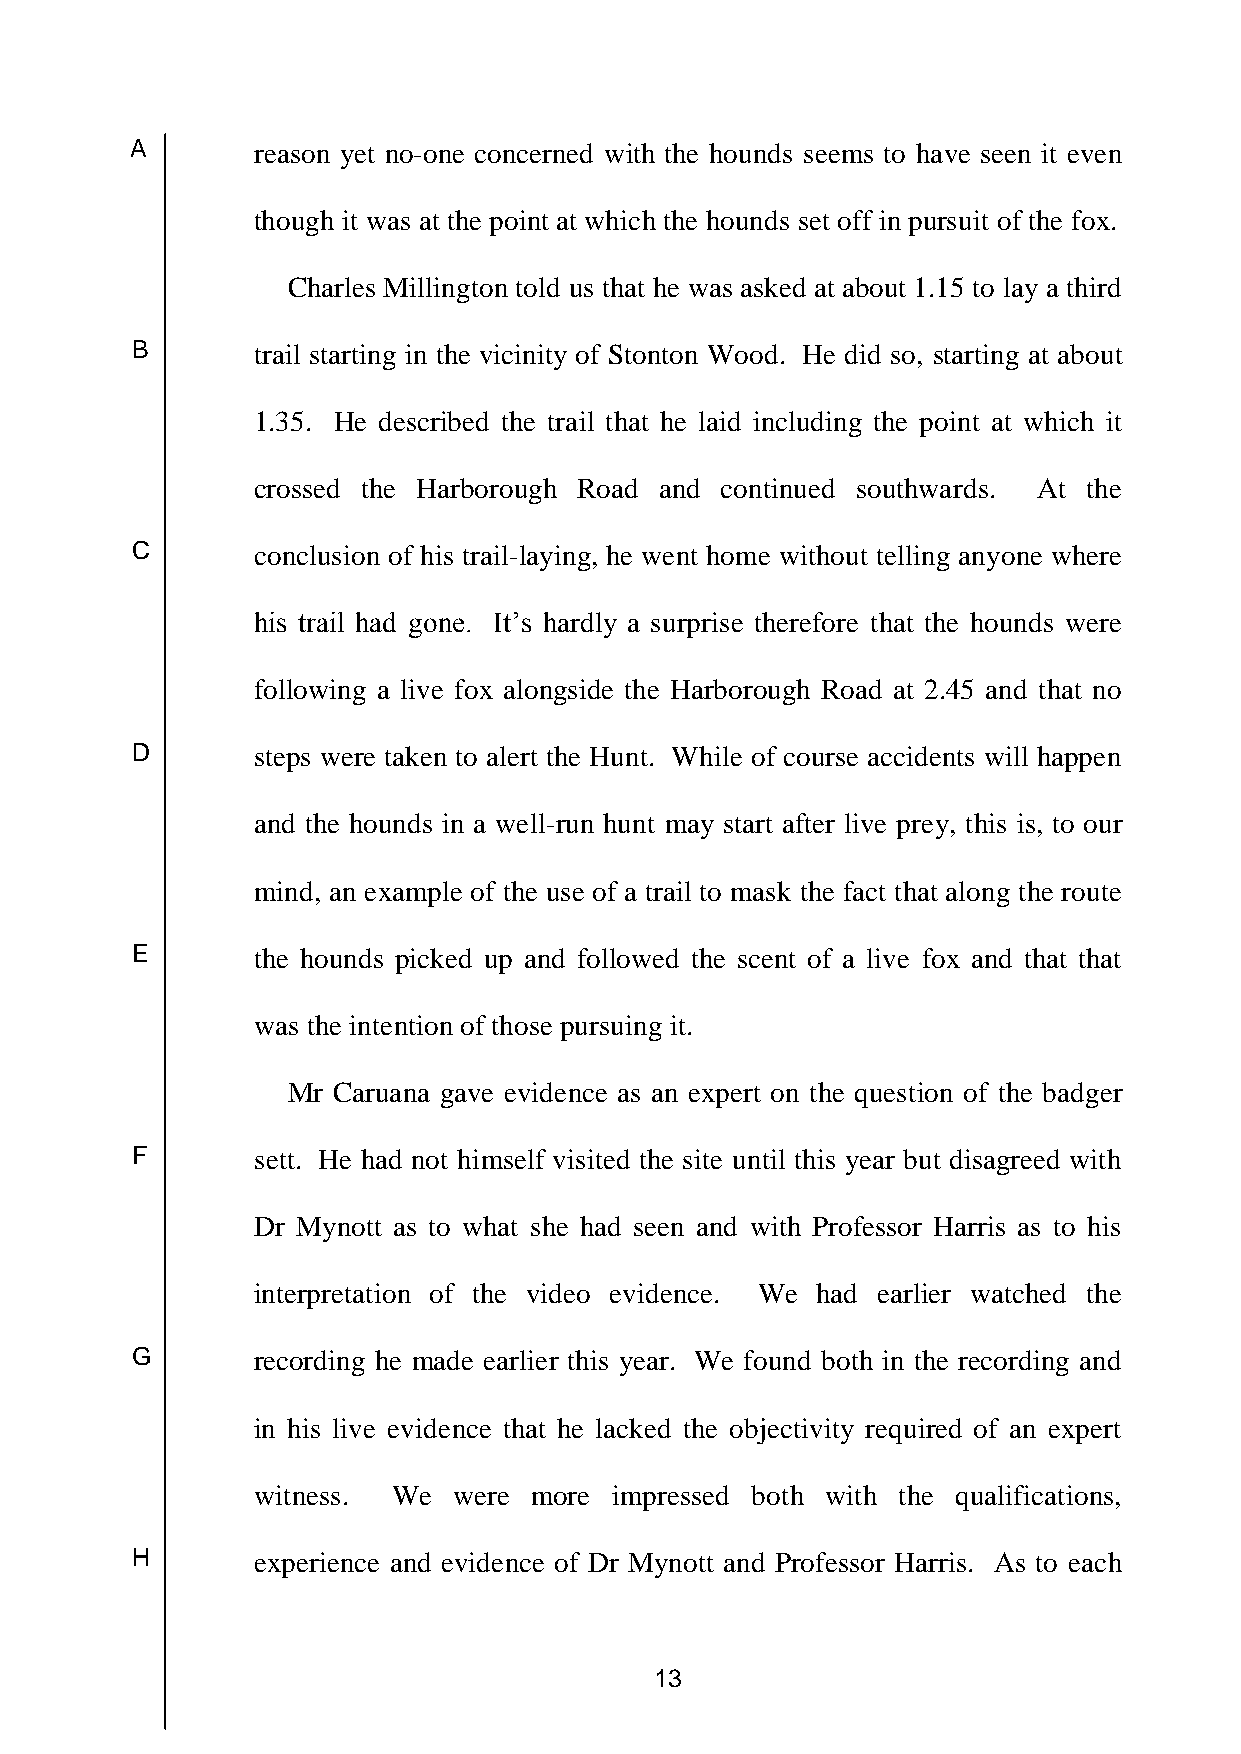
A       reason yet no-one concerned with the hounds seems to have seen it even
 though it was at the point at which the hounds set off in pursuit of the fox.
 Charles Millington told us that he was asked at about 1.15 to lay a third
 B       trail starting in the vicinity of Stonton Wood. He did so, starting at about
 1.35. He described the trail that he laid including the point at which it
 crossed the Harborough Road and continued southwards. At the
 C       conclusion of his trail-laying, he went home without telling anyone where
 his trail had gone. It’s hardly a surprise therefore that the hounds were
 following a live fox alongside the Harborough Road at 2.45 and that no
 D       steps were taken to alert the Hunt. While of course accidents will happen
 and the hounds in a well-run hunt may start after live prey, this is, to our
 mind, an example of the use of a trail to mask the fact that along the route
 E       the hounds picked up and followed the scent of a live fox and that that
 was the intention of those pursuing it.
 Mr Caruana gave evidence as an expert on the question of the badger
 F       sett. He had not himself visited the site until this year but disagreed with
 Dr Mynott as to what she had seen and with Professor Harris as to his
 interpretation of the video evidence. We had earlier watched the
 G       recording he made earlier this year. We found both in the recording and
 in his live evidence that he lacked the objectivity required of an expert
 witness. We  were more  impressed both with the qualifications,
 H       experience and evidence of Dr Mynott and Professor Harris. As to each
 13